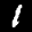
Label: 1